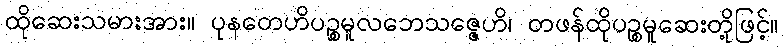
ထိုဆေးသမားအား။ ပုနတေဟိပဉ္စမူလဘေသဇ္ဇေဟိ၊ တဖန်ထိုပဉ္စမူဆေးတို့ဖြင့်။